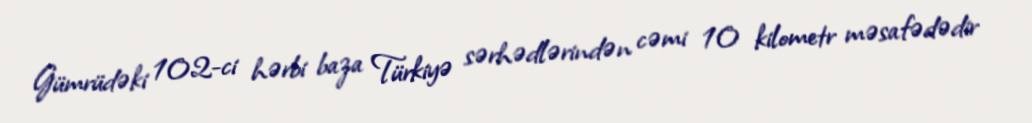
Gümrüdəki 102-ci hərbi baza Türkiyə sərhədlərindən cəmi 10 kilometr məsafədədir